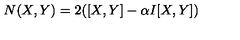
N ( X , Y ) = 2 ( [ X , Y ] - \alpha I [ X , Y ] )